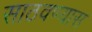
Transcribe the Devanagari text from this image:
साठवण्यास